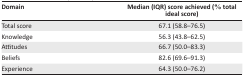
<table><thead><tr><td><b>Domain</b></td><td><b>Median (IQR) score achieved (% total ideal score)</b></td></tr></thead><tbody><tr><td>Total score</td><td>67.1 (58.8–76.5)</td></tr><tr><td>Knowledge</td><td>56.3 (43.8–62.5)</td></tr><tr><td>Attitudes</td><td>66.7 (50.0–83.3)</td></tr><tr><td>Beliefs</td><td>82.6 (69.6–91.3)</td></tr><tr><td>Experience</td><td>64.3 (50.0–76.2)</td></tr></tbody></table>